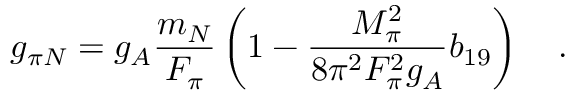
g _ { \pi N } = g _ { A } \frac { m _ { N } } { F _ { \pi } } \left( 1 - \frac { M _ { \pi } ^ { 2 } } { 8 \pi ^ { 2 } F _ { \pi } ^ { 2 } g _ { A } } b _ { 1 9 } \right) \quad .